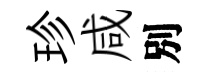
珍咸別